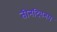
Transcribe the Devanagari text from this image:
तीनदिवनम